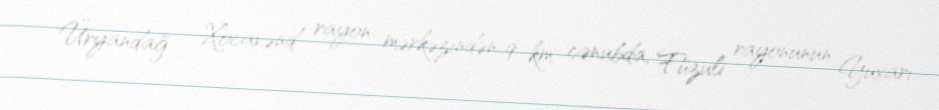
Üryandağ - Xocavənd rayon mərkəzindən 9 km cənubda, Füzuli rayonunun Yuxarı